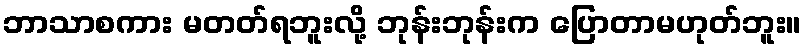
ဘာသာစကား မတတ်ရဘူးလို့ ဘုန်းဘုန်းက ပြောတာမဟုတ်ဘူး။